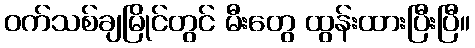
ဝက်သစ်ချမြိုင်တွင် မီးတွေ ထွန်းထားပြီးပြီ။